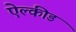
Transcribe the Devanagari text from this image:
ऐल्कीड